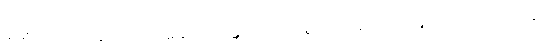
ချမ်းသာသောအားဖြင့်။ သမနုပဿန္တော၊ ကောင်းစွာအဘန်တလဲလဲရှုသော။ သောဘိက္ခု၊